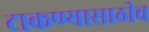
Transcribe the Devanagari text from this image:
टाकण्यासाठीच